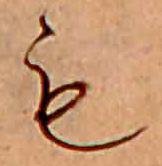
も